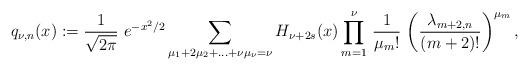
LaTeX: \begin{align*} q_{\nu,n} (x) := \frac{1}{\sqrt{2\pi}}~ e^{-x^2/2} \sum_{\mu_1 + 2\mu_2 + \ldots + \nu\mu_\nu = \nu} H_{\nu+2s} (x) \prod_{m=1}^\nu \, \frac{1}{\mu_m!}\,\left( \frac{\lambda_{m+2,n}}{(m+2)!}\right)^{\mu_m},\end{align*}